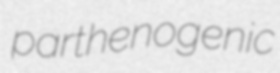
parthenogenic